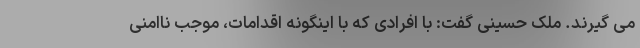
می گیرند. ملک حسینی گفت: با افرادی که با اینگونه اقدامات، موجب ناامنی